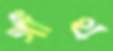
গাঁথ